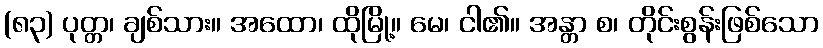
(၈၃) ပုတ္တ၊ ချစ်သား။ အထော၊ ထိုမြို့။ မေ၊ ငါ၏။ အန္တာ စ၊ တိုင်းစွန်းဖြစ်သော